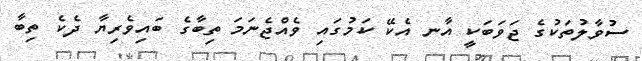
ސުވާލުތަކުގެ ޖަވަބަކީ އާނ އެކޭ ކަމުގައި ވެއްޖެނަމަ ތިބާގެ ބައިވެރިޔާ ދެކެ ތިބާ